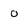
Character: 0